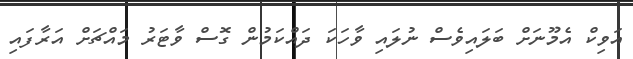
އަވިކް އެމޫނަށް ބަލައިވެސް ނުލައި ވާހަކަ ދައްކަމުން ގޮސް ވާޓަރު މައްޗަށް އަރާފައި